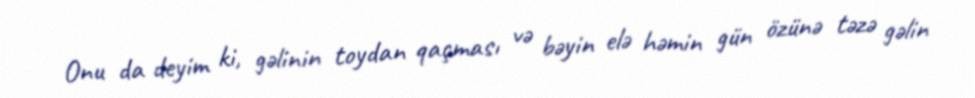
Onu da deyim ki, gəlinin toydan qaçması və bəyin elə həmin gün özünə təzə gəlin